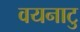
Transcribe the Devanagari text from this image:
वयनाटु